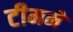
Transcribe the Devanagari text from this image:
टीममें